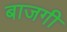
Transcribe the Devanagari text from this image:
बाजगी